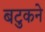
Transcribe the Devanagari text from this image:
बटुकने